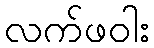
လက်ဖဝါး